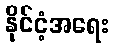
နိုင်ငံ့အရေး